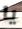
يا